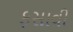
ફસાવી